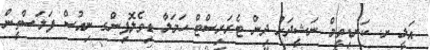
އަލީ ށ. ކަނޑިތީމް ނަޝީދަށް ދިން ޓެރަރިސްޓް ހަމަލާ ޑިވެލޮޕިންގ ނިއުސް ފަލަސްތީން